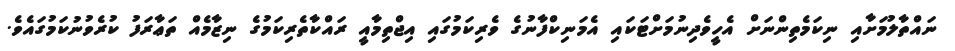
ނައްތާލުމަށާއި ނިކަމެތިންނަށް އެހީވެދިނުމަށްޓަކައި އެމަނިކްފާނުގެ ވެރިކަމުގައި އިޖްތިމާއީ ރައްކާތެރިކަމުގެ ނިޒާމެއް ތަޢާރަފު ކުރެވުނުކަމުގައެވެ.